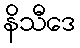
နိသီဒေ